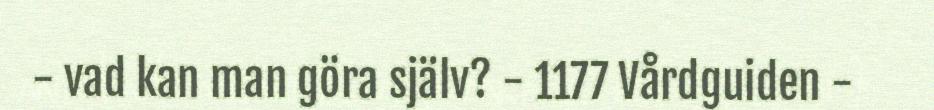
- vad kan man göra själv? - 1177 Vårdguiden -